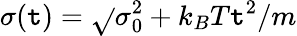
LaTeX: \sigma(\mathtt{t})=\sqrt{}{{\sigma_{0}^{2}+k_{B}T\mathtt{t}^{2}/m}}